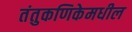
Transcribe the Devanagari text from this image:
तंतुकणिकेमधील